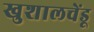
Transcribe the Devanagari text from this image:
खुशालचेंडू